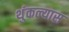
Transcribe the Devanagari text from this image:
थुंकल्यास